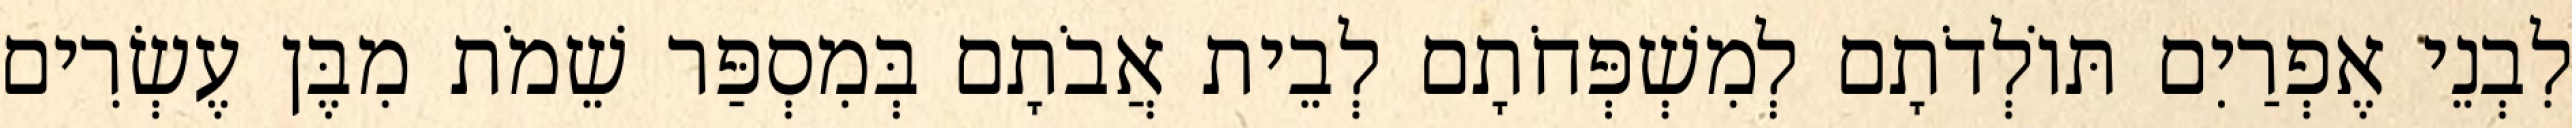
לִבְנֵי אֶפְרַיִם תּוֹלְדֹתָם לְמִשְׁפְּחֹתָם לְבֵית אֲבֹתָם בְּמִסְפַּר שֵׁמֹת מִבֶּן עֶשְׂרִים